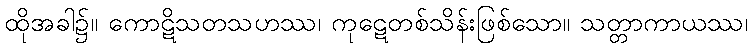
ထိုအခါ၌။ ကောဋိသတသဟဿ၊ ကုဋေတစ်သိန်းဖြစ်သော။ သတ္တာကာယဿ၊